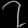
Digit: ၇